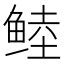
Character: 𱇶